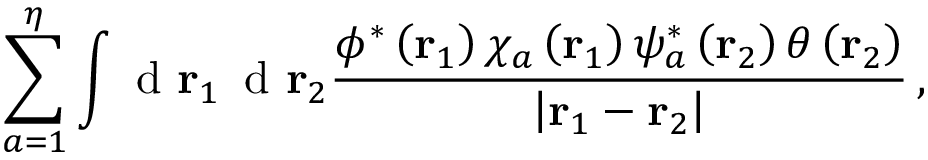
\sum _ { a = 1 } ^ { \eta } \int \textrm { d } \mathbf r _ { 1 } \, \textrm { d } \mathbf r _ { 2 } \frac { \phi ^ { * } \left( \mathbf r _ { 1 } \right) \chi _ { a } \left( \mathbf r _ { 1 } \right) \psi _ { a } ^ { * } \left( \mathbf r _ { 2 } \right) \theta \left( \mathbf r _ { 2 } \right) } { \left| \mathbf r _ { 1 } - \mathbf r _ { 2 } \right| } \, ,